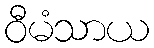
ဝီမံသာယ